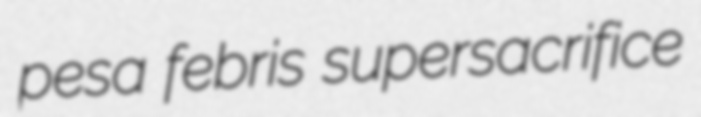
pesa febris supersacrifice